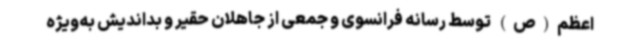
اعظم(ص) توسط رسانه فرانسوی و جمعی از جاهلان حقیر و بداندیش به‌ویژه